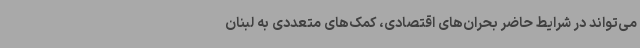
می‌تواند در شرایط حاضر بحران‌های اقتصادی، کمک‌های متعددی به لبنان